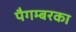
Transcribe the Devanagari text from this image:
पैगम्बरका